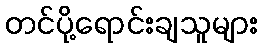
တင်ပို့ရောင်းချသူများ